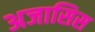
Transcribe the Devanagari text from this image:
अजासिस